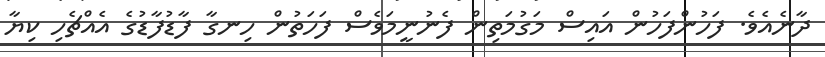
ދާނެއެވެ. ފަހުންފަހުން އައިސް މަގުމަތިން ފެނުނީމަވެސް ފަހަތުން ހިނގާ ފާޑުފާޑުގެ އެއްޗެހި ކިޔާ